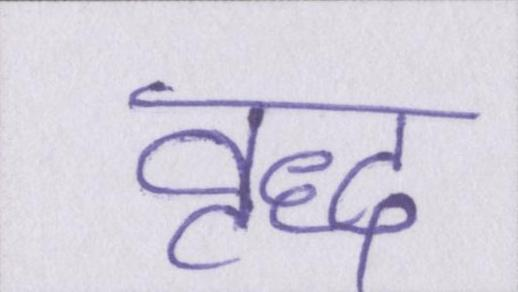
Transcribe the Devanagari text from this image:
वृद्ध